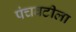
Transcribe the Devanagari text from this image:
पंचवटीला